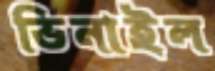
ভিনাইল